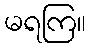
မရကြ။